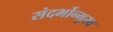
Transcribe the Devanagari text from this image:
संदर्भोन्मुख